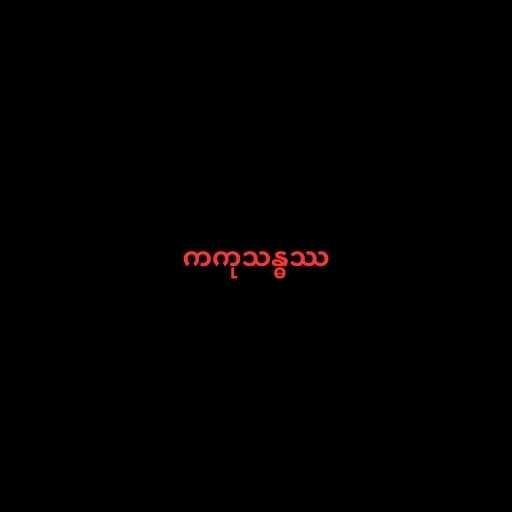
ကကုသန္ဓဿ